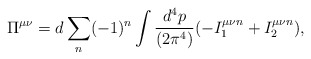
\begin{align*}\Pi^{\mu\nu} = d \sum_n (-1)^n \int{{d^4p}\over{(2\pi^4)}}(-I^{\mu\nu n}_1 +I^{\mu\nu n}_2),\end{align*}